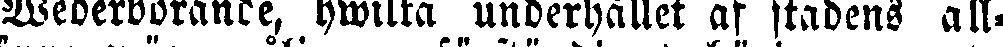
Wederbörande, hwilka underhållet af stadens all-